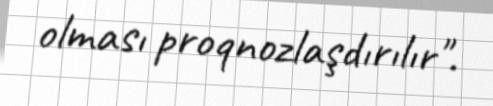
olması proqnozlaşdırılır".